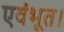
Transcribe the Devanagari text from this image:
एवंभूत।